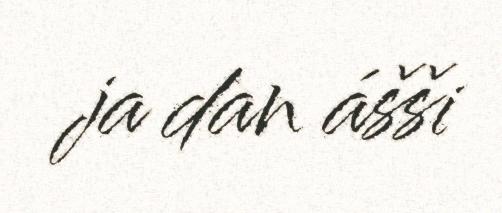
ja dan ášši